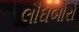
લૌઘબોરો